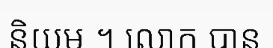
និយម ។ លោក បាន